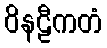
ဝိနဠီကတံ